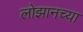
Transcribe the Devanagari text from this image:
लोझानच्या